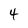
Character: 4